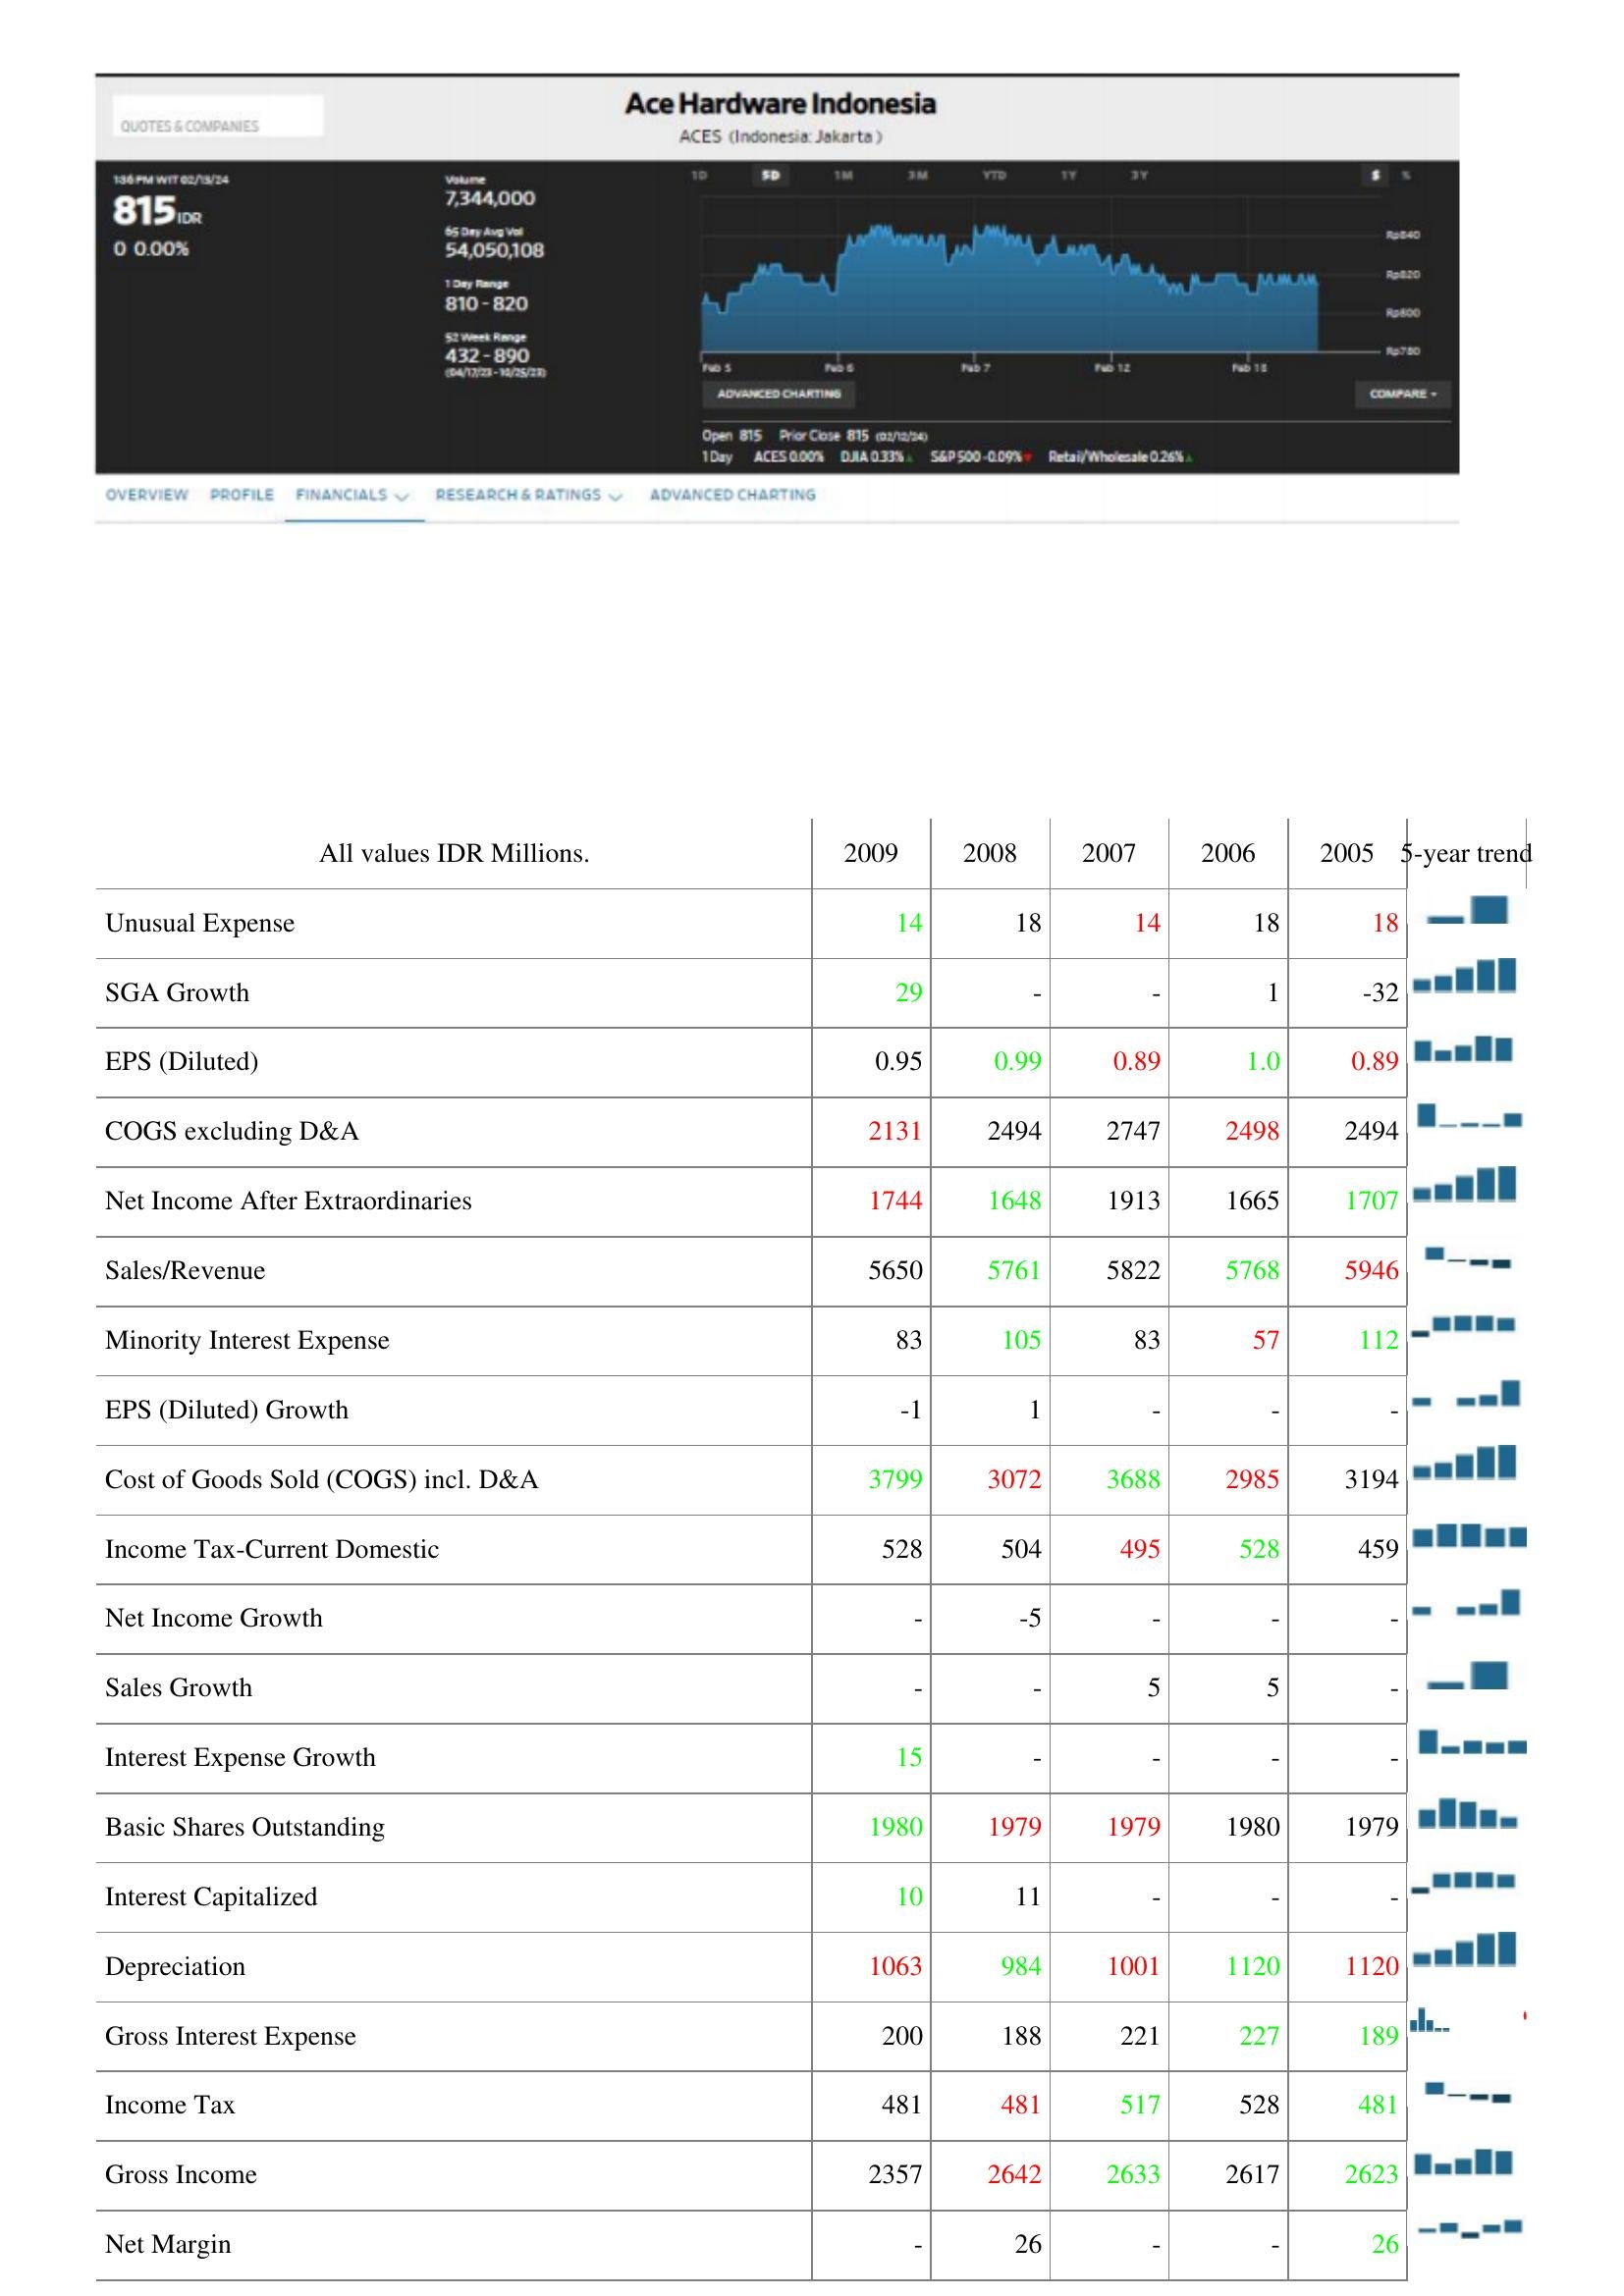
2009: : Unusual Expense: 14
SGA Growth: 29
EPS (Diluted): 0.95
COGS excluding D&A: 2131
Net Income After Extraordinaries: 1744
Sales/Revenue: 5650
Minority Interest Expense: 83
EPS (Diluted) Growth: -1
Cost of Goods Sold (COGS) incl. D&A: 3799
Income Tax-Current Domestic: 528
Net Income Growth: -
Sales Growth: -
Interest Expense Growth: 15
Basic Shares Outstanding: 1980
Interest Capitalized: 10
Depreciation: 1063
Gross Interest Expense: 200
Income Tax: 481
Gross Income: 2357
Net Margin: -
2008: : Unusual Expense: 18
SGA Growth: -
EPS (Diluted): 0.99
COGS excluding D&A: 2494
Net Income After Extraordinaries: 1648
Sales/Revenue: 5761
Minority Interest Expense: 105
EPS (Diluted) Growth: 1
Cost of Goods Sold (COGS) incl. D&A: 3072
Income Tax-Current Domestic: 504
Net Income Growth: -5
Sales Growth: -
Interest Expense Growth: -
Basic Shares Outstanding: 1979
Interest Capitalized: 11
Depreciation: 984
Gross Interest Expense: 188
Income Tax: 481
Gross Income: 2642
Net Margin: 26
2007: : Unusual Expense: 14
SGA Growth: -
EPS (Diluted): 0.89
COGS excluding D&A: 2747
Net Income After Extraordinaries: 1913
Sales/Revenue: 5822
Minority Interest Expense: 83
EPS (Diluted) Growth: -
Cost of Goods Sold (COGS) incl. D&A: 3688
Income Tax-Current Domestic: 495
Net Income Growth: -
Sales Growth: 5
Interest Expense Growth: -
Basic Shares Outstanding: 1979
Interest Capitalized: -
Depreciation: 1001
Gross Interest Expense: 221
Income Tax: 517
Gross Income: 2633
Net Margin: -
2006: : Unusual Expense: 18
SGA Growth: 1
EPS (Diluted): 1.0
COGS excluding D&A: 2498
Net Income After Extraordinaries: 1665
Sales/Revenue: 5768
Minority Interest Expense: 57
EPS (Diluted) Growth: -
Cost of Goods Sold (COGS) incl. D&A: 2985
Income Tax-Current Domestic: 528
Net Income Growth: -
Sales Growth: 5
Interest Expense Growth: -
Basic Shares Outstanding: 1980
Interest Capitalized: -
Depreciation: 1120
Gross Interest Expense: 227
Income Tax: 528
Gross Income: 2617
Net Margin: -
2005: : Unusual Expense: 18
SGA Growth: -32
EPS (Diluted): 0.89
COGS excluding D&A: 2494
Net Income After Extraordinaries: 1707
Sales/Revenue: 5946
Minority Interest Expense: 112
EPS (Diluted) Growth: -
Cost of Goods Sold (COGS) incl. D&A: 3194
Income Tax-Current Domestic: 459
Net Income Growth: -
Sales Growth: -
Interest Expense Growth: -
Basic Shares Outstanding: 1979
Interest Capitalized: -
Depreciation: 1120
Gross Interest Expense: 189
Income Tax: 481
Gross Income: 2623
Net Margin: 26